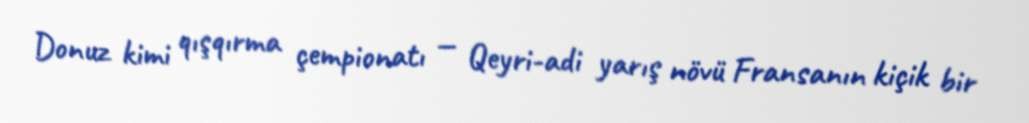
Donuz kimi qışqırma çempionatı — Qeyri-adi yarış növü Fransanın kiçik bir